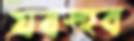
যবস্হব